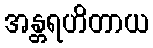
အန္တရဟိတာယ